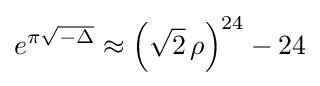
e^{\pi {\sqrt {-\Delta }}}\approx \left({\sqrt {2}}\,\rho \right)^{24}-24